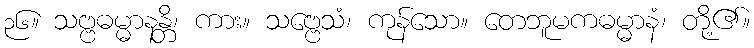
၃၆။ သဗ္ဗဓမ္မာနန္တိ၊ ကား။ သဗ္ဗေသံ၊ ကုန်သော။ တေဘူမကဓမ္မာနံ၊ တို့၏။